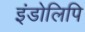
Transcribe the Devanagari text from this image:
इंडोलिपि